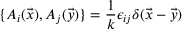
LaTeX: \{ A _ { i } ( \vec { x } ) , A _ { j } ( \vec { y } ) \} = \frac { 1 } { k } \epsilon _ { i j } \delta ( \vec { x } - \vec { y } )